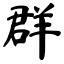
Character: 群